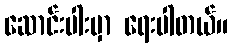
ဆောင်းပါးမှာ ရေးပါတယ်။